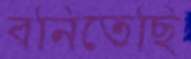
বনিতেছি